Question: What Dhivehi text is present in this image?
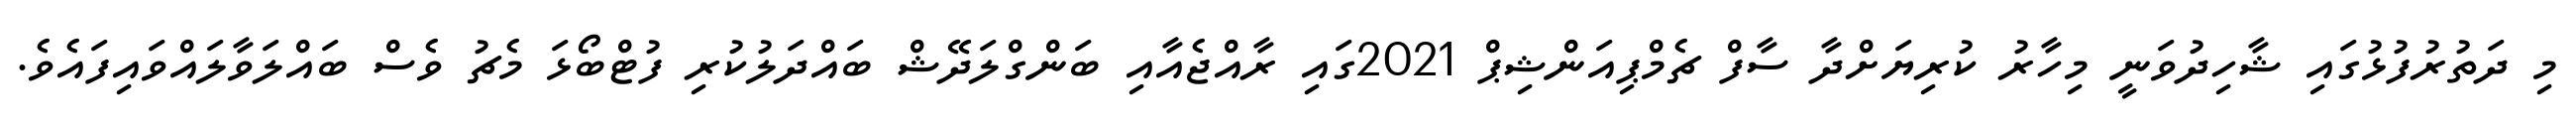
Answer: މި ދަތުރުފުޅުގައި ޝާހިދުވަނީ މިހާރު ކުރިޔަށްދާ ސާފް ޗެމްޕިއަންޝިޕް 2021ގައި ރާއްޖެއާއި ބަންގްލަދޭޝް ބައްދަލުކުރި ފުޓްބޯޅަ މެޗު ވެސް ބައްލަވާލައްވައިފައެވެ.